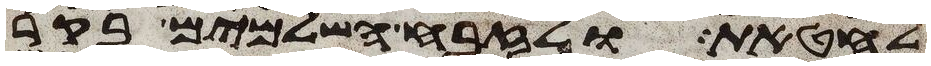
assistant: לחטאת ולזבח השלמים בקר